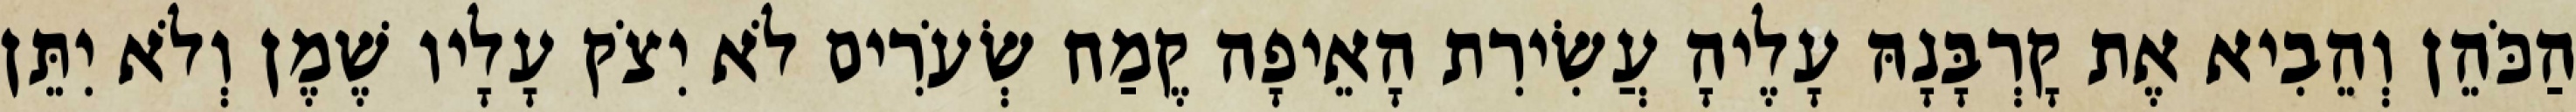
הַכֹּהֵן וְהֵבִיא אֶת קָרְבָּנָהּ עָלֶיהָ עֲשִׂירִת הָאֵיפָה קֶמַח שְׂעֹרִים לֹא יִצֹק עָלָיו שֶׁמֶן וְלֹא יִתֵּן